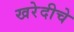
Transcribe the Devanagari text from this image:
खरेदीचे